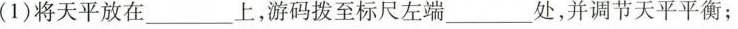
(1)将天平放在___上，游码拨至标尺左端处，并调节天平平衡；